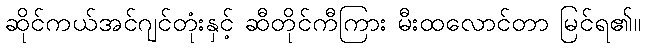
ဆိုင်ကယ်အင်ဂျင်တုံးနှင့် ဆီတိုင်ကီကြား မီးထလောင်တာ မြင်ရ၏။